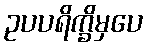
ဥပပရိက္ခိမှပေ